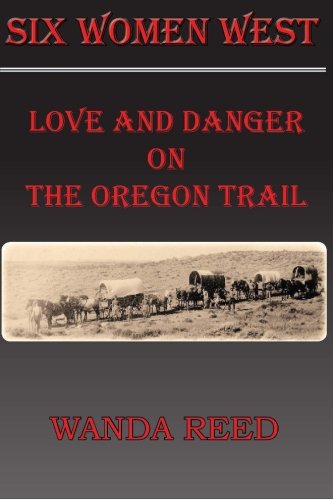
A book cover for Six Women West: Love and Danger on the Oregon Trail (The Journeys  of Six Women in the Early West); Wanda Reed; Literature & Fiction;